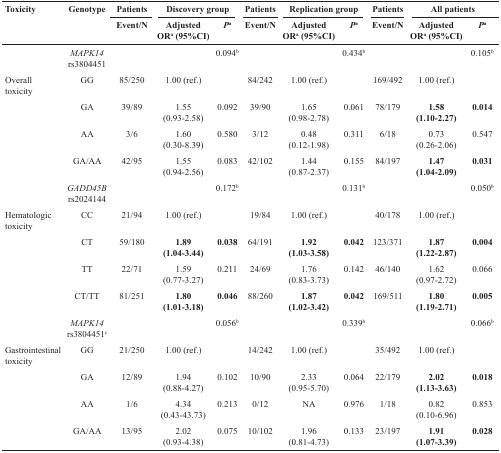
<table><thead><tr><td rowspan="2"><b>Toxicity</b></td><td rowspan="2"><b>Genotype</b></td><td><b>Patients</b></td><td colspan="2"><b>Discovery group</b></td><td><b>Patients</b></td><td colspan="2"><b>Replication group</b></td><td><b>Patients</b></td><td colspan="2"><b>All patients</b></td></tr><tr><td><b>Event/N</b></td><td><b>Adjusted OR<sup>a</sup> (95%CI)</b></td><td><b><i>P</i><sup>a</sup></b></td><td><b>Event/N</b></td><td><b>Adjusted OR<sup>a</sup> (95%CI)</b></td><td><b><i>P</i><sup>a</sup></b></td><td><b>Event/N</b></td><td><b>Adjusted OR<sup>a</sup> (95%CI)</b></td><td><b><i>P</i><sup>a</sup></b></td></tr></thead><tbody><tr><td></td><td><i>MAPK14</i> rs3804451</td><td></td><td></td><td>0.094<sup>b</sup></td><td></td><td></td><td>0.434<sup>b</sup></td><td></td><td></td><td>0.105<sup>b</sup></td></tr><tr><td>Overall toxicity</td><td>GG</td><td>85/250</td><td>1.00 (ref.)</td><td></td><td>84/242</td><td>1.00 (ref.)</td><td></td><td>169/492</td><td>1.00 (ref.)</td><td></td></tr><tr><td></td><td>GA</td><td>39/89</td><td>1.55 (0.93-2.58)</td><td>0.092</td><td>39/90</td><td>1.65 (0.98-2.78)</td><td>0.061</td><td>78/179</td><td><b>1.58 (1.10-2.27)</b></td><td><b>0.014</b></td></tr><tr><td></td><td>AA</td><td>3/6</td><td>1.60 (0.30-8.39)</td><td>0.580</td><td>3/12</td><td>0.48 (0.12-1.98)</td><td>0.311</td><td>6/18</td><td>0.73 (0.26-2.06)</td><td>0.547</td></tr><tr><td></td><td>GA/AA</td><td>42/95</td><td>1.55 (0.94-2.56)</td><td>0.083</td><td>42/102</td><td>1.44 (0.87-2.37)</td><td>0.155</td><td>84/197</td><td><b>1.47 (1.04-2.09)</b></td><td><b>0.031</b></td></tr><tr><td></td><td><i>GADD45B</i> rs2024144</td><td></td><td></td><td>0.172<sup>b</sup></td><td></td><td></td><td>0.131<sup>b</sup></td><td></td><td></td><td>0.050<sup>b</sup></td></tr><tr><td>Hematologic toxicity</td><td>CC</td><td>21/94</td><td>1.00 (ref.)</td><td></td><td>19/84</td><td>1.00 (ref.)</td><td></td><td>40/178</td><td>1.00 (ref.)</td><td></td></tr><tr><td></td><td>CT</td><td>59/180</td><td><b>1.89 (1.04-3.44)</b></td><td><b>0.038</b></td><td>64/191</td><td><b>1.92 (1.03-3.58)</b></td><td><b>0.042</b></td><td>123/371</td><td><b>1.87 (1.22-2.87)</b></td><td><b>0.004</b></td></tr><tr><td></td><td>TT</td><td>22/71</td><td>1.59 (0.77-3.27)</td><td>0.211</td><td>24/69</td><td>1.76 (0.83-3.73)</td><td>0.142</td><td>46/140</td><td>1.62 (0.97-2.72)</td><td>0.066</td></tr><tr><td></td><td>CT/TT</td><td>81/251</td><td><b>1.80 (1.01-3.18)</b></td><td><b>0.046</b></td><td>88/260</td><td><b>1.87 (1.02-3.42)</b></td><td><b>0.042</b></td><td>169/511</td><td><b>1.80 (1.19-2.71)</b></td><td><b>0.005</b></td></tr><tr><td></td><td><i>MAPK14</i> rs3804451<sup>c</sup></td><td></td><td></td><td>0.056<sup>b</sup></td><td></td><td></td><td>0.339<sup>b</sup></td><td></td><td></td><td>0.066<sup>b</sup></td></tr><tr><td>Gastrointestinal toxicity</td><td>GG</td><td>21/250</td><td>1.00 (ref.)</td><td></td><td>14/242</td><td>1.00 (ref.)</td><td></td><td>35/492</td><td>1.00 (ref.)</td><td></td></tr><tr><td></td><td>GA</td><td>12/89</td><td>1.94 (0.88-4.27)</td><td>0.102</td><td>10/90</td><td>2.33 (0.95-5.70)</td><td>0.064</td><td>22/179</td><td><b>2.02 (1.13-3.63)</b></td><td><b>0.018</b></td></tr><tr><td></td><td>AA</td><td>1/6</td><td>4.34 (0.43-43.73)</td><td>0.213</td><td>0/12</td><td>NA</td><td>0.976</td><td>1/18</td><td>0.82 (0.10-6.96)</td><td>0.853</td></tr><tr><td></td><td>GA/AA</td><td>13/95</td><td>2.02 (0.93-4.38)</td><td>0.075</td><td>10/102</td><td>1.96 (0.81-4.73)</td><td>0.133</td><td>23/197</td><td><b>1.91 (1.07-3.39)</b></td><td><b>0.028</b></td></tr></tbody></table>